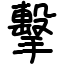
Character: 擊